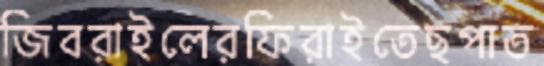
জিবরাইলেরফিরাইতেছপাত